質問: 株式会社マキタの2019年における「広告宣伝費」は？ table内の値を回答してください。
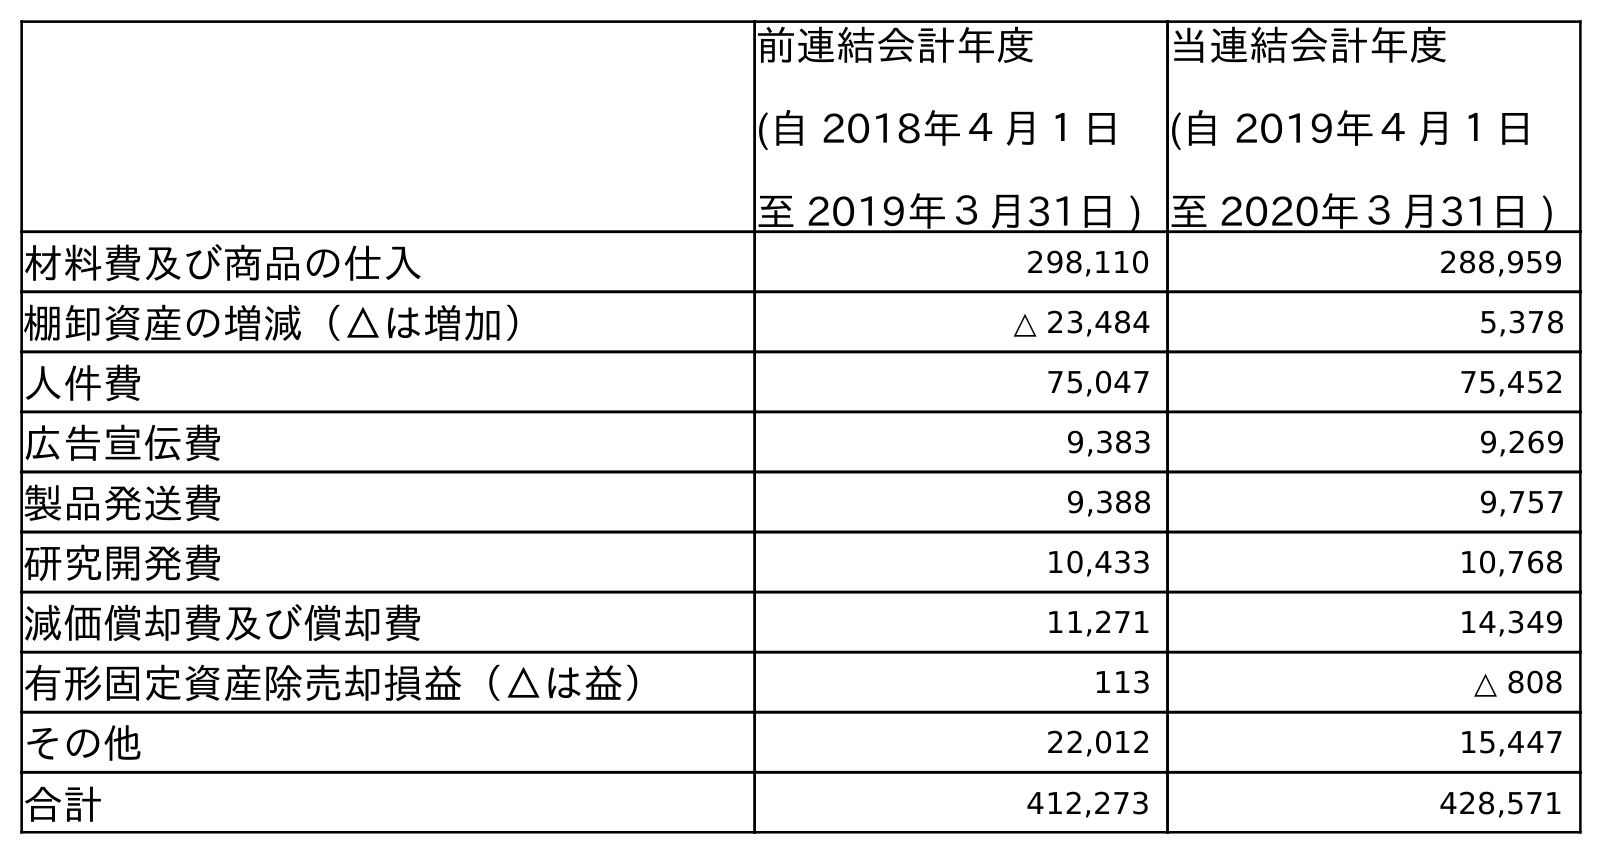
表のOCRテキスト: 前連結会計年度 (自 2018年４月１日 至 2019年３月31日 ) 当連結会計年度 (自 2019年４月１日 至 2020年３月31日 ) 材料費及び商品の仕入 298,110 288,959 棚卸資産の増減（△は増加） △ 23,484 5,378 人件費 75,047 75,452 広告宣伝費 9,383 9,269 製品発送費 9,388 9,757 研究開発費 10,433 10,768 減価償却費及び償却費 11,271 14,349 有形固定資産除売却損益（△は益） 113 △ 808 その他 22,012 15,447 合計 412,273 428,571
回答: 9,383